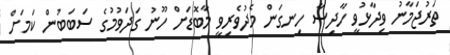
ތަރުޖަމާނު ވިދާޅުވީ ހާދިސާ ހިނގަން މެދުވެރިވީ މާބޮޑަށް ހޫނު ގަދަވުމުގެ ސަބަބުން ކަމަށް